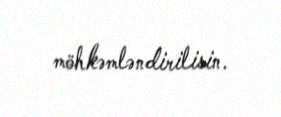
möhkəmləndirilisin.